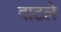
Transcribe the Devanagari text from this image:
दाटले